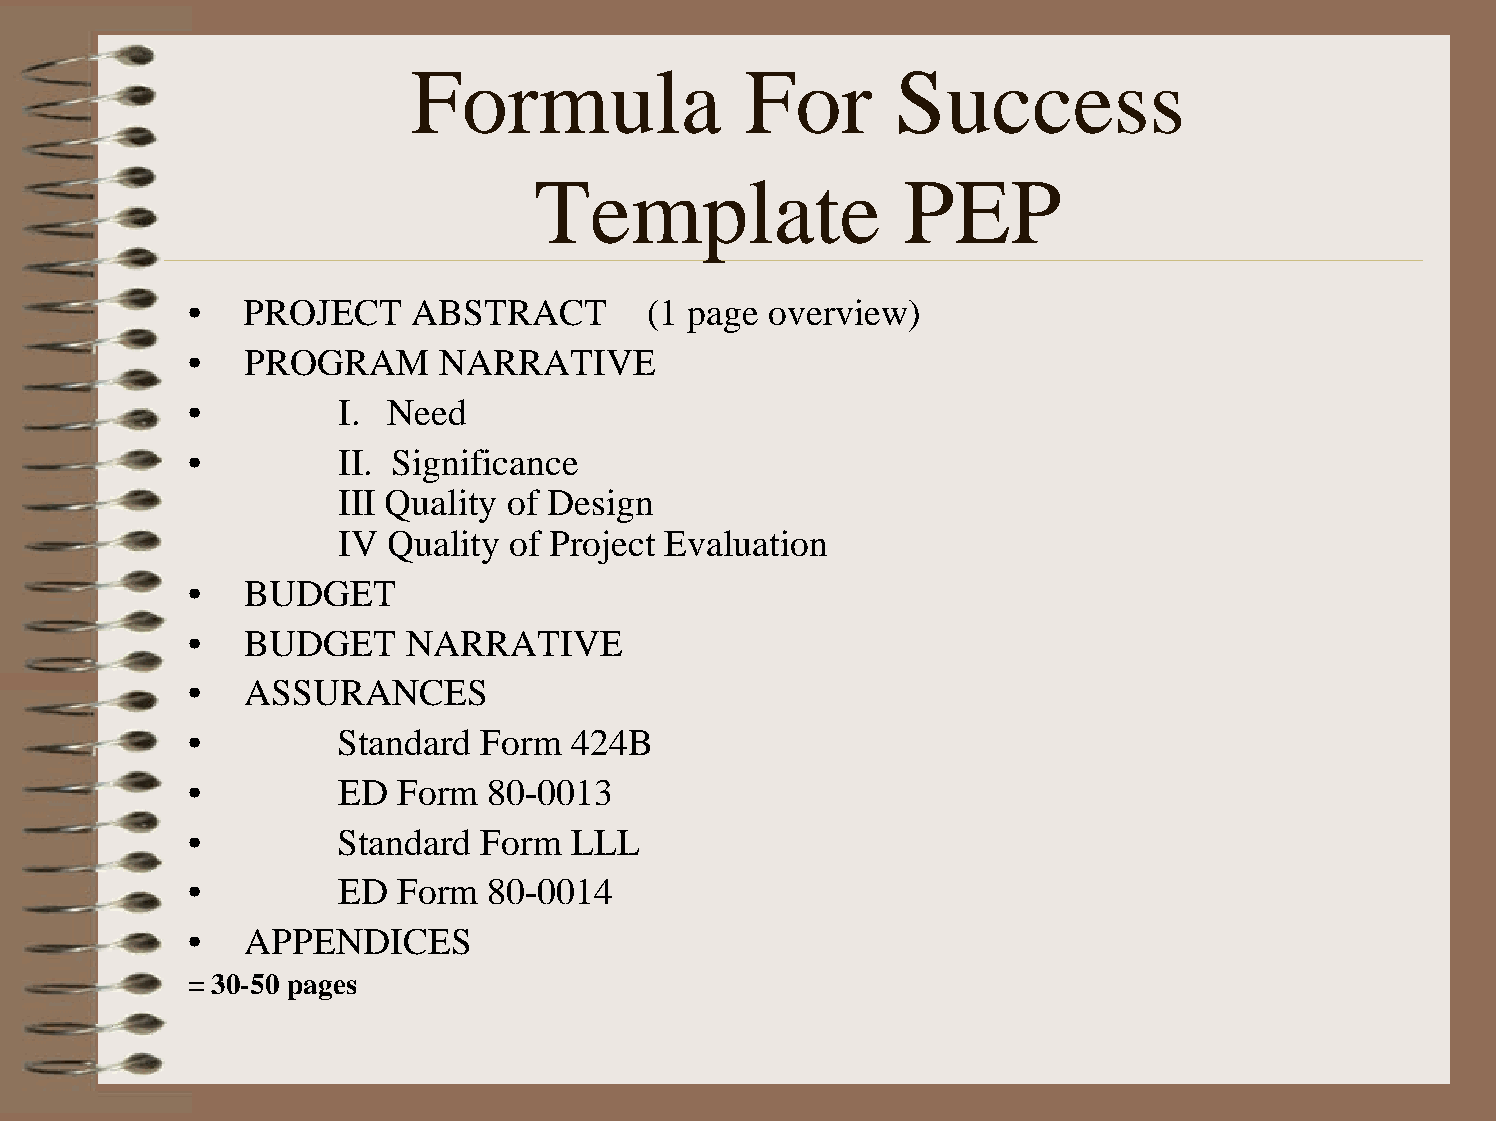
Formula               For       Success
 Template                 PEP
 •  PROJECT    ABSTRACT        (1 page overview)
 •  PROGRAM      NARRATIVE
 •        I.  Need
 •        II. Significance
 III Quality of Design
 IV  Quality of Project Evaluation
 •  BUDGET
 •  BUDGET     NARRATIVE
 •  ASSURANCES
 •        Standard  Form  424B
 •        ED  Form  80-0013
 •        Standard  Form  LLL
 •        ED  Form  80-0014
 •  APPENDICES
 = 30-50 pages